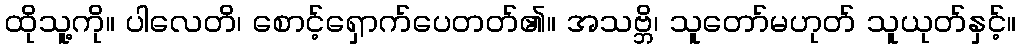
ထိုသူ့ကို။ ပါလေတိ၊ စောင့်ရှောက်ပေတတ်၏။ အသဗ္ဘိ၊ သူတော်မဟုတ် သူယုတ်နှင့်။